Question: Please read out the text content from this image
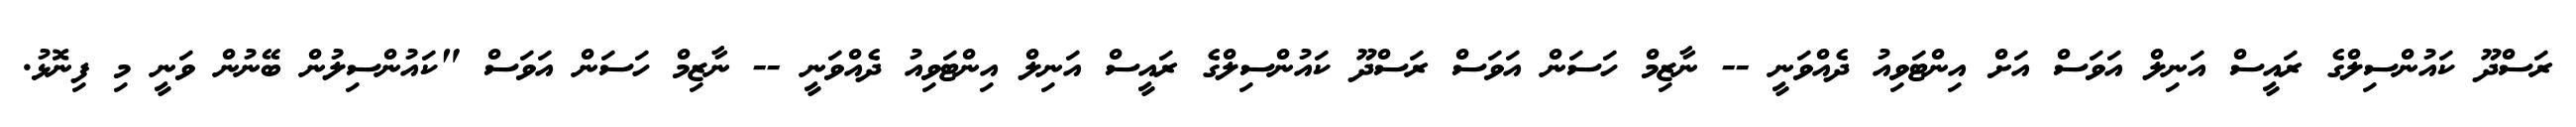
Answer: ރަސްދޫ ކައުންސިލްގެ ރައީސް އަނިލް އަވަސް އަށް އިންޓަވިއު ދެއްވަނީ -- ނާޒިމް ހަސަން އަވަސް ރަސްދޫ ކައުންސިލްގެ ރައީސް އަނިލް އިންޓަވިއު ދެއްވަނީ -- ނާޒިމް ހަސަން އަވަސް "ކައުންސިލުން ބޭނުން ވަނީ މި ފިނޮޅު.